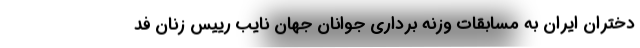
دختران ایران به مسابقات وزنه برداری جوانان جهان نایب رییس زنان فد